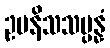
ဥပနိသသမ္ပန္နံ